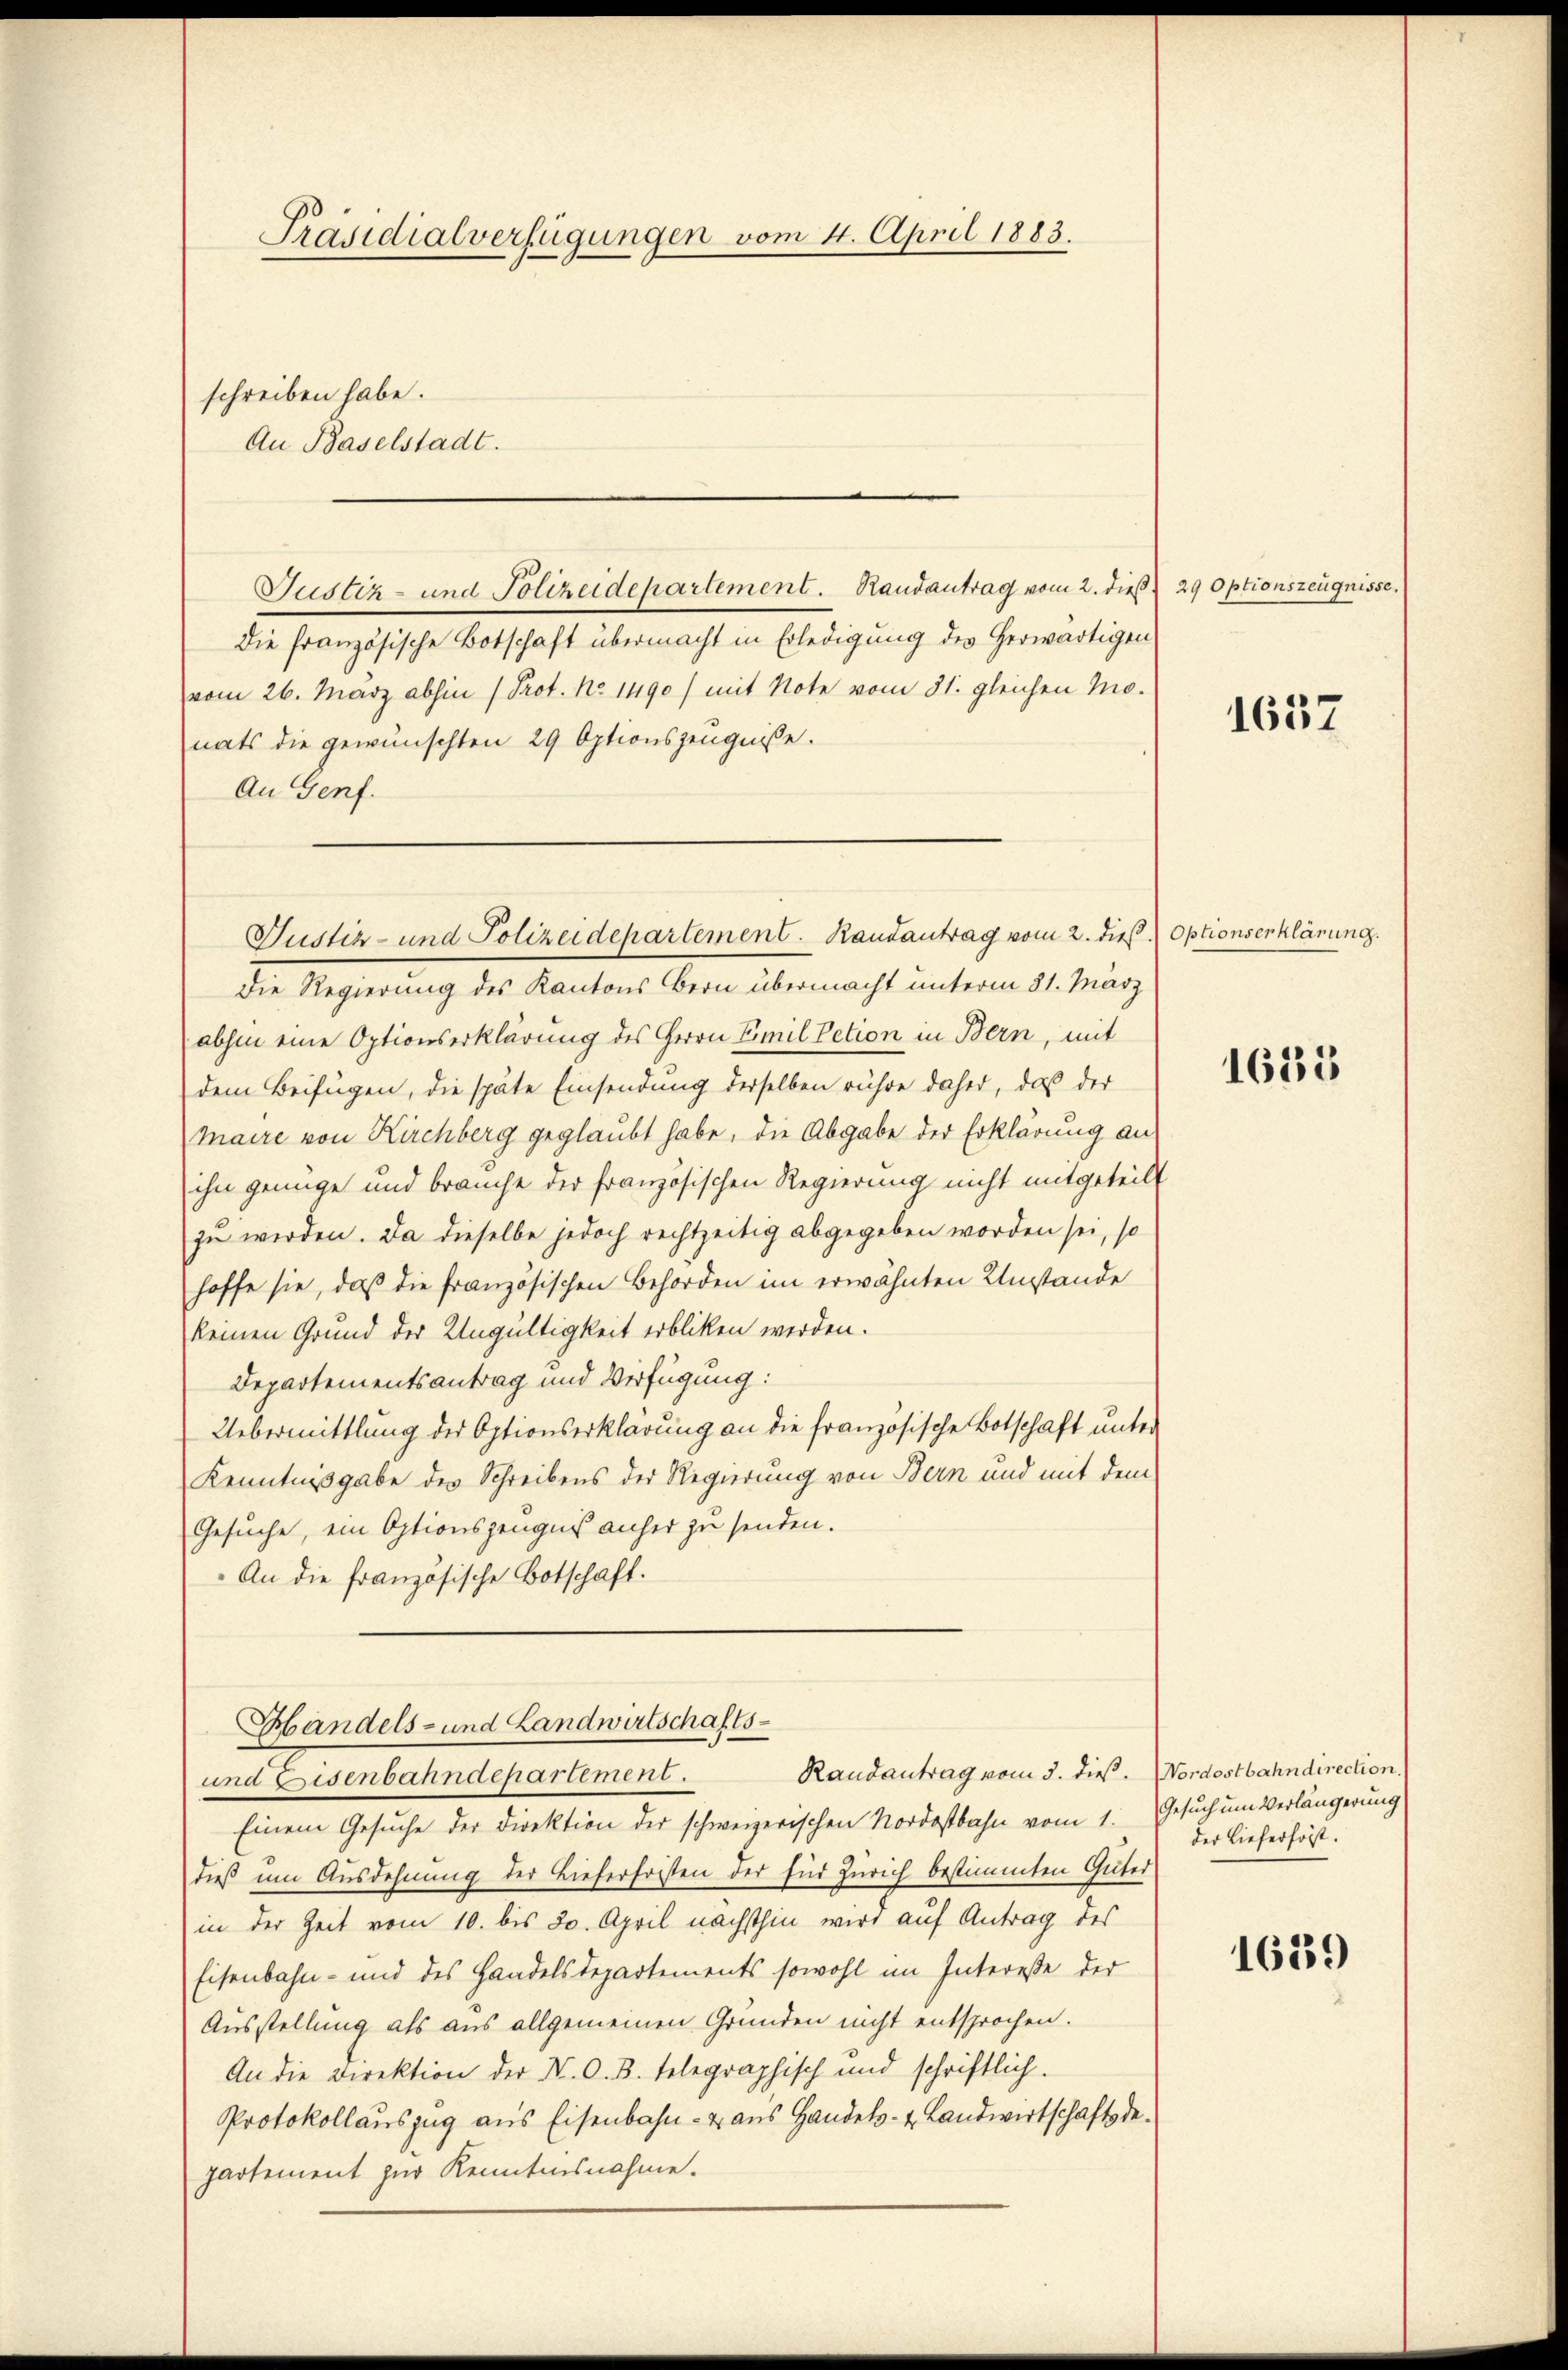
Präsidialverfügungen vom 4. April 1883.
schreiben habe.
An Baselstadt.

Justiz- und Polizeidepartement. Randantrag vom 2. dieß
Die französische Botschaft übermacht in Erledigung des herwärtigen
vom 26. März abhin (Prot. No. 1490 / mit Note vom 31. gleichen Mo-
nats die gewünschten 29 Optionszeugniße.
An Genf.
die Regierung des Kantons Bern übermacht unterm 31. März
abhin eine Optionserklärung des Herrn Emil Petion in Bern, mit
dem Beifügen, die späte Einsendung derselben rühre daher, daß der
Maire von Kirchberg geglaubt habe, die Abgabe der Erklärung an
ihn genüge und brauche der französischen Regierung nicht mitgeteilt
zu werden. Da dieselbe jedoch rechtzeitig abgegeben worden sei, so
hoffe sie, daß die französischen Behörden im erwähnten Umstände
keinen Grund der Ungültigkeit erbliken werden.
Departementsantrag und Verfügung:
Uebermittlung der Optionserklärung an die französische Botschaft unter
Kenntnißgabe des Schreibens der Regierung von Bern und mit dem
Gesuche, ein Optionszeugniß anher zu senden.
An die französische Botschaft.
Handels- und Landwirtschafts-
Randantrag vom 3. dieß. NNordostbahndirection.
und Eisenbahndepartement.
Einem Gesuche der Direktion der schweizerischen Nordostbahn vom 1. Gesuch um Verlängerung
dieß um Ausdehnung der Lieferfristen der End Zürich bestimmten Güter
in der Zeit vom 10. bis 30. April nächsthin wird auf Antrag des
Eisenbahn- und des Handelsdepartements sowohl im Intereße der
Ausstellung als aus allgemeinen Gründen nicht entsprochen.
An die Direktion der N. O. B. telegraphisch und schriftlich.
Protokollauszug aus Eisenbahn- & aus Handels- & Landwirtschaftsdepartement zur Kenntnisnahme.

Justiz- und Polizeidepartement. Randantrag vom 2. dieß. Optionserklärung.

29 Optionszeugnisse.

1637

1615

der Lieferförst.

1639